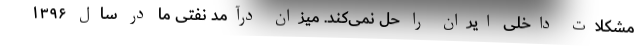
مشکلات داخلی ایران را حل نمی‌کند. میزان درآمد نفتی ما در سال ۱۳۹۶